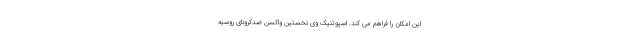
این امکان را فراهم می کند. اسپوتنیک وی نخستین واکسن ضدکرونای روسیه